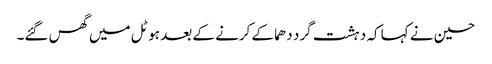
حسین نے کہا کہ دہشت گرد دھماکے کرنے کے بعد ہوٹل میں گھس گئے۔